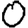
Digit: 0